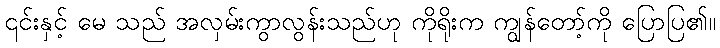
၎င်းနှင့် မေ သည် အလှမ်းကွာလွန်းသည်ဟု ကိုရိုးက ကျွန်တော့်ကို ပြောပြ၏။